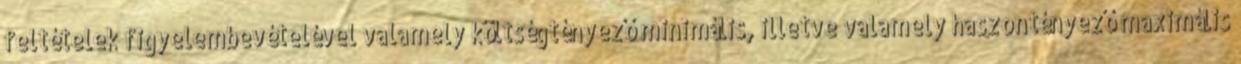
feltételek figyelembevételével valamely költségtényező minimális, illetve valamely haszontényező maximális